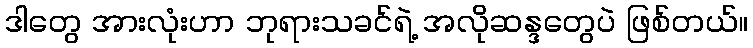
ဒါတွေ အားလုံးဟာ ဘုရားသခင်ရဲ့ အလိုဆန္ဒတွေပဲ ဖြစ်တယ်။